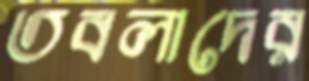
তবলাদের